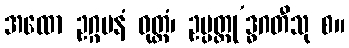
အထော ဥဂ္ဂမနံ ဝုတ္တံ၊ ဥပ္ပတ္တု’ဒ္ဓဂတီသု စ။